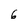
Character: 6